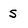
Character: 5